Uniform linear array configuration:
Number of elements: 16
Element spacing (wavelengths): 0.25
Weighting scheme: uniform
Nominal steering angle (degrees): -15
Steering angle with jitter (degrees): -14.035
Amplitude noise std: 0.05
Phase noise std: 0.05

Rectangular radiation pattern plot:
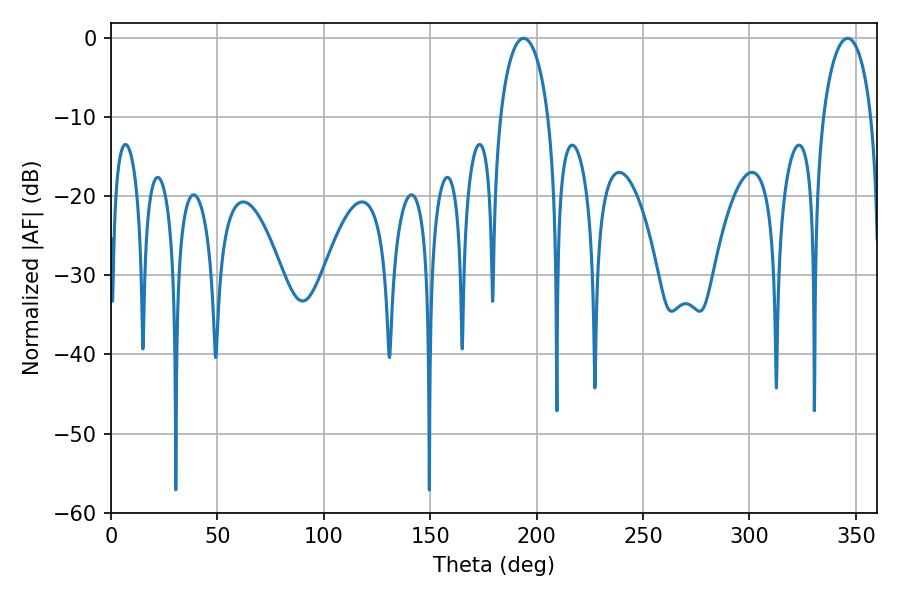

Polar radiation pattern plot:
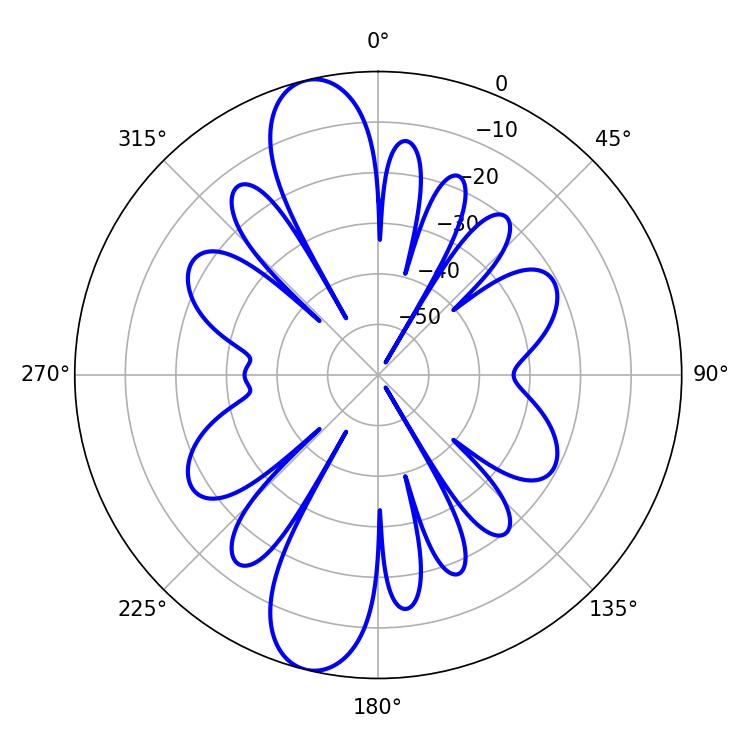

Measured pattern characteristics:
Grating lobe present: FALSE
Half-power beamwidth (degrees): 13.14
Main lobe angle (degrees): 193.86